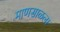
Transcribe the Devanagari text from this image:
माणसाळला